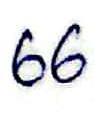
66